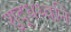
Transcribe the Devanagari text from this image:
शुद्धध्वनि